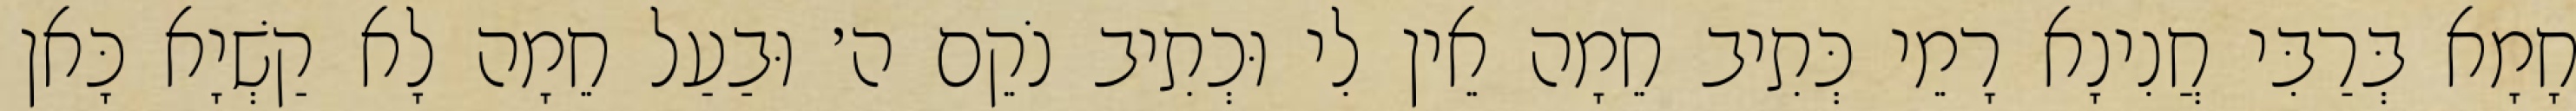
חָמָא בְּרַבִּי חֲנִינָא רָמֵי כְּתִיב חֵמָה אֵין לִי וּכְתִיב נֹקֵם ה׳ וּבַעַל חֵמָה לָא קַשְׁיָא כָּאן